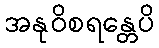
အနုဝိစရန္တေပိ